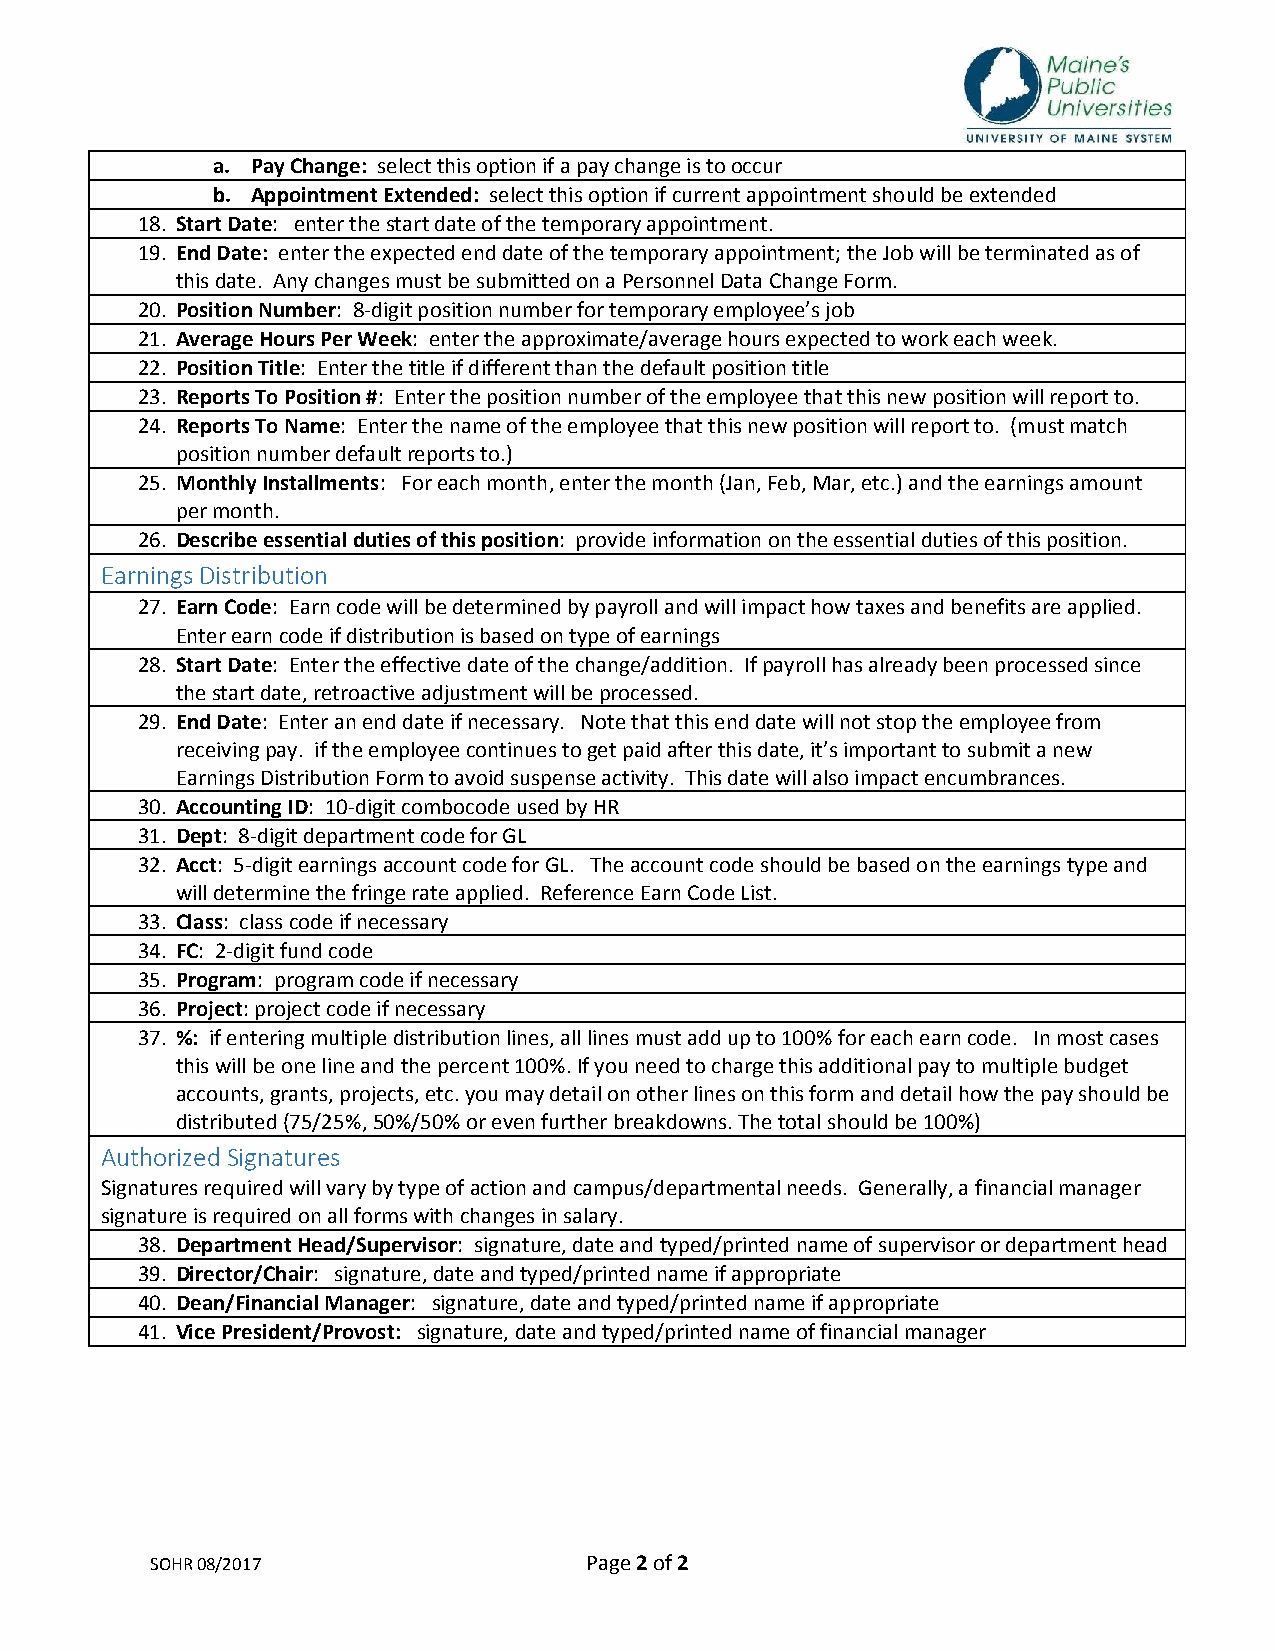
a. Pay Change: select this option if a pay change is to occur
 b. Appointment Extended: select this option if current appointment should be extended
 18. Start Date: enter the start date of the temporary appointment.
 19. End Date: enter the expected end date of the temporary appointment; the Job will be terminated as of
 this date. Any changes must be submitted on a Personnel Data Change Form.
 20. Position Number: 8‐digit position number for temporary employee’s job
 21. Average Hours Per Week: enter the approximate/average hours expected to work each week.
 22. Position Title: Enter the title if different than the default position title
 23. Reports To Position #: Enter the position number of the employee that this new position will report to.
 24. Reports To Name: Enter the name of the employee that this new position will report to. (must match
 position number default reports to.)
 25. Monthly Installments: For each month, enter the month (Jan, Feb, Mar, etc.) and the earnings amount
 per month.
 26. Describe essential duties of this position: provide information on the essential duties of this position.
 Earnings Distribution
 27. Earn Code: Earn code will be determined by payroll and will impact how taxes and benefits are applied.
 Enter earn code if distribution is based on type of earnings
 28. Start Date: Enter the effective date of the change/addition. If payroll has already been processed since
 the start date, retroactive adjustment will be processed.
 29. End Date: Enter an end date if necessary. Note that this end date will not stop the employee from
 receiving pay. if the employee continues to get paid after this date, it’s important to submit a new
 Earnings Distribution Form to avoid suspense activity. This date will also impact encumbrances.
 30. Accounting ID: 10‐digit combocode used by HR
 31. Dept: 8‐digit department code for GL
 32. Acct: 5‐digit earnings account code for GL. The account code should be based on the earnings type and
 will determine the fringe rate applied. Reference Earn Code List.
 33. Class: class code if necessary
 34. FC: 2‐digit fund code
 35. Program: program code if necessary
 36. Project: project code if necessary
 37. %: if entering multiple distribution lines, all lines must add up to 100% for each earn code. In most cases
 this will be one line and the percent 100%. If you need to charge this additional pay to multiple budget
 accounts, grants, projects, etc. you may detail on other lines on this form and detail how the pay should be
 distributed (75/25%, 50%/50% or even further breakdowns. The total should be 100%)
 Authorized Signatures
 Signatures required will vary by type of action and campus/departmental needs. Generally, a financial manager
 signature is required on all forms with changes in salary.
 38. Department Head/Supervisor: signature, date and typed/printed name of supervisor or department head
 39. Director/Chair: signature, date and typed/printed name if appropriate
 40. Dean/Financial Manager: signature, date and typed/printed name if appropriate
 41. Vice President/Provost: signature, date and typed/printed name of financial manager
 SOHR 08/2017                 Page 2 of 2